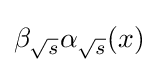
\beta _{\sqrt {s}}\alpha _{\sqrt {s}}(x)